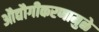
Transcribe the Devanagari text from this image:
औद्यौगीकरणामुळे